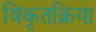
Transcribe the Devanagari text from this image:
विकृतक्रिया